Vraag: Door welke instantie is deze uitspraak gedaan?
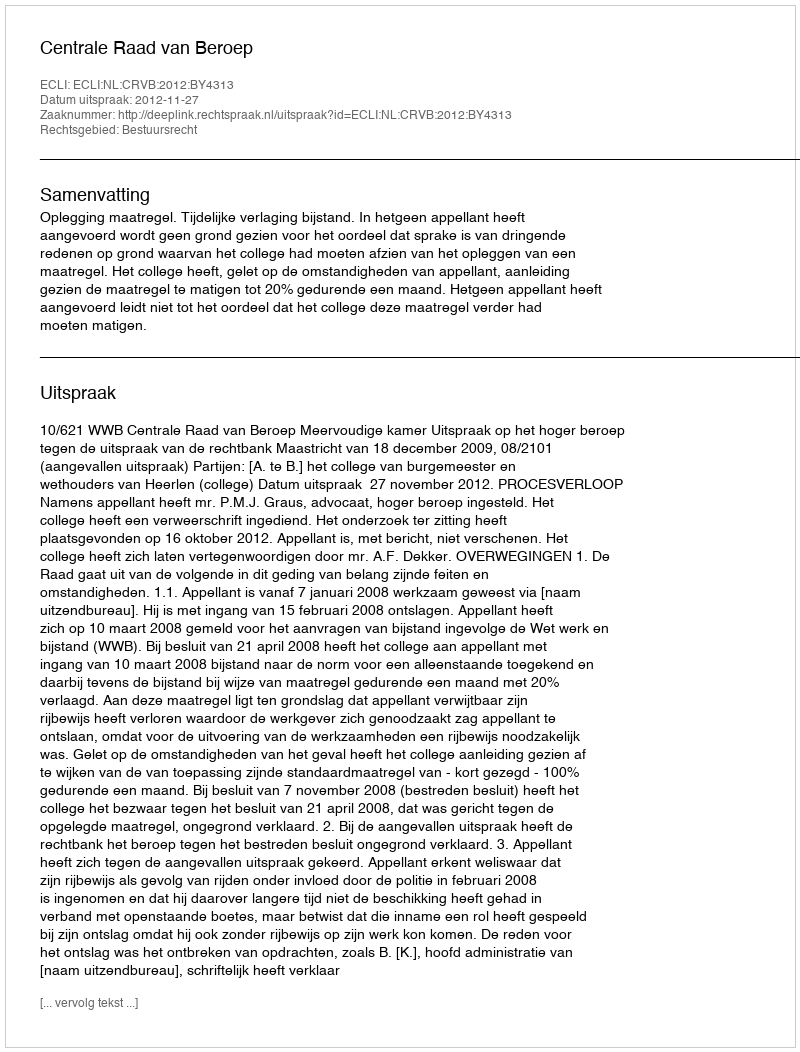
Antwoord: Centrale Raad van Beroep